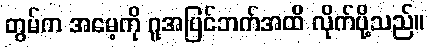
တွမ်က အမေ့ကို ဂူအပြင်ဘက်အထိ လိုက်ပို့သည်။